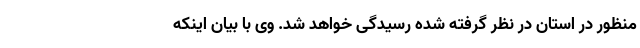
منظور در استان در نظر گرفته شده رسیدگی خواهد شد. وی با بیان اینکه